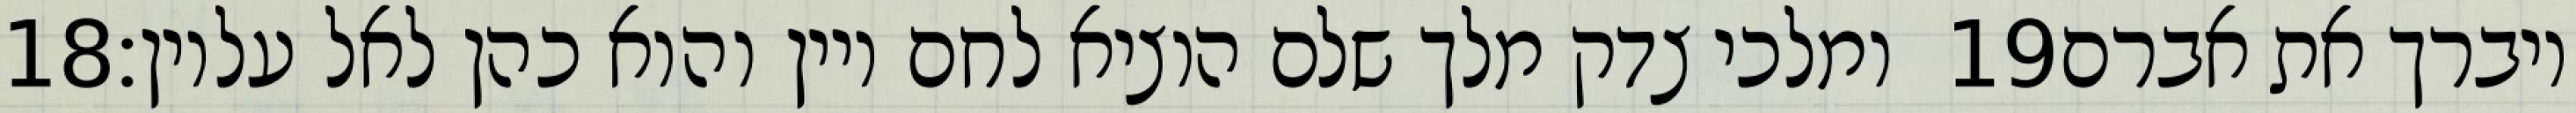
‎18‏ ומלכי צדק מלך שלם הוציא לחם ויין והוא כהן לאל עליון׃ ‎19‏ ויברך את אברם